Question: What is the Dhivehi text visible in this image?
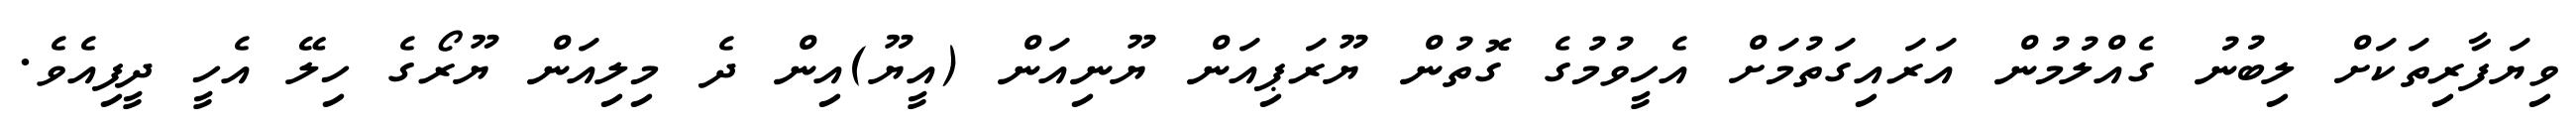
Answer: ވިޔަފާރިތަކަށް ލިބުނު ގެއްލުމުން އަރައިގަތުމަށް އެހީވުމުގެ ގޮތުން ޔޫރަޕިއަން ޔޫނިއަން (އީޔޫ)އިން ދެ މިލިއަން ޔޫރޯގެ ހިލޭ އެހީ ދީފިއެވެ.